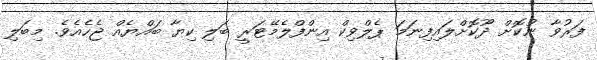
ފަރުވާ ނުކޮށް ދޫކޮށްލައިފިނަމަ ޕެލްވިކް އިންފްލެމޭޓަރީ ބަލި ކިޔާ ބައްޔެއް ޖެހެއެވެ. މިބަލި